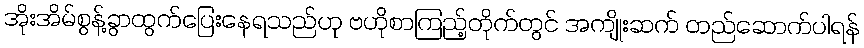
အိုးအိမ်စွန့်ခွာထွက်ပြေးနေရသည်ဟု ဗဟိုစာကြည့်တိုက်တွင် အကျိုးဆက် တည်ဆောက်ပါရန်